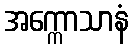
အက္ကောသာနံ